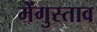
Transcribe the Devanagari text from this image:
मेंगुस्ताव